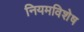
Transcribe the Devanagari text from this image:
नियमविशेष